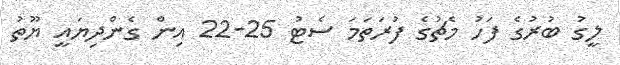
ލީގު ބުރުގެ ފަހު މެޗުގެ ފުރަތަމަ ސެޓު 25-22 އިން ގެންދިޔައީ ޔޫތު